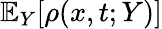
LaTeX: \mathbb{E}_{Y}[\rho(x,t;Y)]